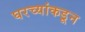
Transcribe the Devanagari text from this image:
घरच्यांकडून